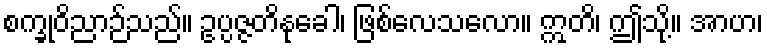
စက္ခုဝိညာဉ်သည်။ ဥပ္ပဇ္ဇတိနုခေါ၊ ဖြစ်လေသလော။ ဣတိ၊ ဤသို့။ အာဟ၊